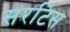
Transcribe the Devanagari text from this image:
सरटिस